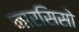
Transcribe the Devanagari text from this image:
नारसिसो